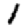
Digit: 1